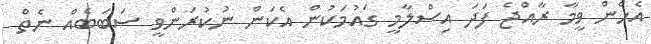
އެހެން ވީމާ ރާއްޖެ ފަދަ އިސްލާމީ ގައުމަކުން އެކަން ނުކުރަންވީ ސަބަބެއް ނެތް